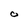
Character: o